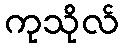
ကုသိုလ်